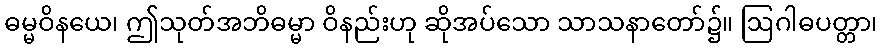
ဓမ္မဝိနယေ၊ ဤသုတ်အဘိဓမ္မာ ဝိနည်းဟု ဆိုအပ်သော သာသနာတော်၌။ ဩဂါဓပတ္တာ၊